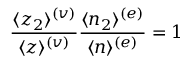
\frac { \langle z _ { 2 } \rangle ^ { ( v ) } } { \langle z \rangle ^ { ( v ) } } \frac { \langle n _ { 2 } \rangle ^ { ( e ) } } { \langle n \rangle ^ { ( e ) } } = 1